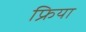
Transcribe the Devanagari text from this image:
फ्रिया